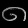
Digit: ၈